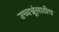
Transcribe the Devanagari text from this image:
उच्चभ्रूंसाठीच